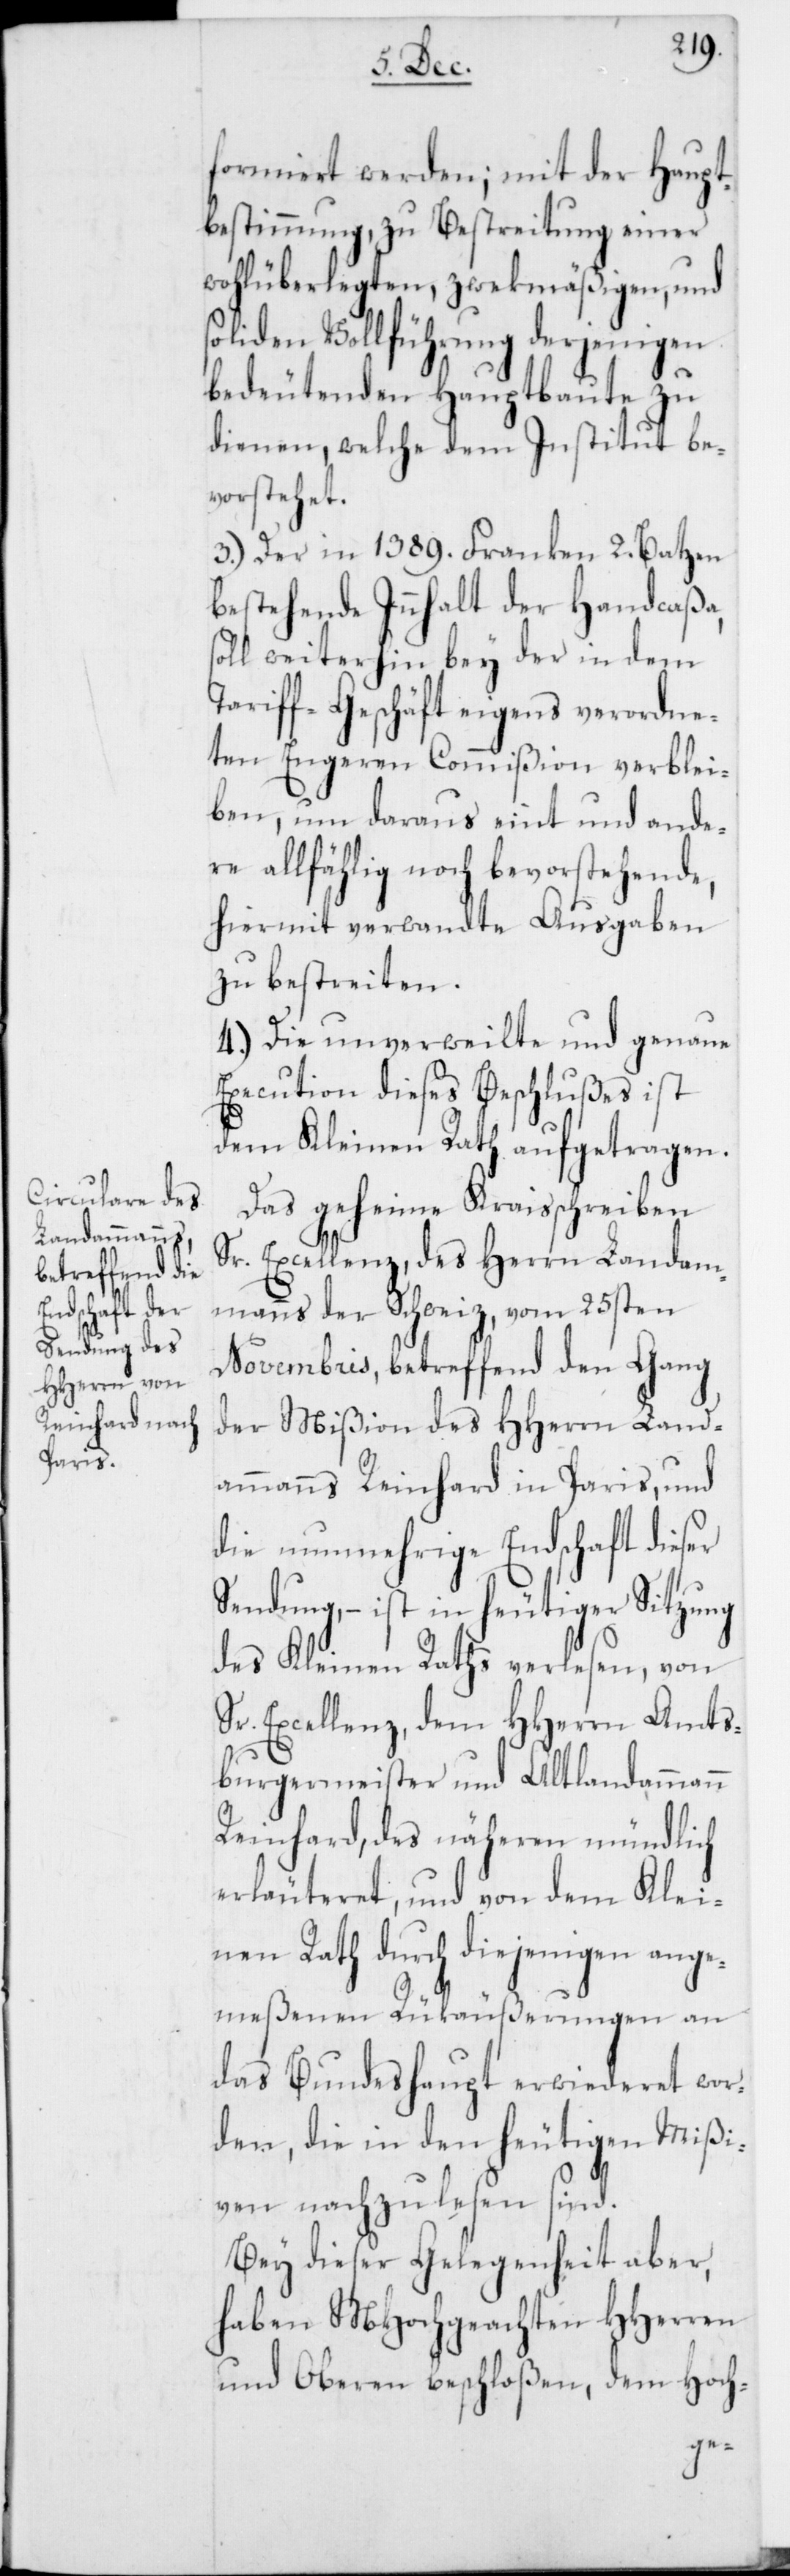
formiert werden; mit der Haupt¬
bestimmung, zu Bestreitung einer
wohlüberlegten zwekmäßigen, und
soliden Vollführung derjenigen
bedeutenden Hauptbaute zu
dienen, welche dem Institut be¬
vorstehet.
3.) Der in 1389. Franken 2. Batzen
bestehende Innhalt der Handcaßa,
soll weiterhin bey der in dem
Tariff-Geschäft eigens verordne¬
ten Engeren Commißion verblei¬
ben, um daraus eint und ande¬
re allfählig noch bevorstehende,
hiermit verwandte Ausgaben
zu bestreiten.
4.) Die unverweilte und genaue
Execution dieses Beschlußes ist
dem Kleinen Rath aufgetragen.
Das geheime Kraisschreiben
Sr. Excellenz, des Herrn Landam¬
manns der Schweiz, vom 25sten
Novembris, betreffend den Gang
der Mißion des HHerrn Land¬
ammanns Reinhard in Paris, und
die nunmehrige Endschaft dieser
Sendung, – ist in heutiger Sitzung
des Kleinen Raths verlesen, von
Sr. Excellenz, dem HHerrn Amts¬
burgermeister und Altlandammann
Reinhard, des näheren mündlich
erläuteret, und von dem Klei¬
nen Rath durch diejenigen ange¬
meßenen Rükäußerungen an
das Bundeshaupt erwiederet wor¬
den, die in den heutigen Mißi¬
ven nachzulesen sind.
Bey dieser Gelegenheit aber,
haben MHochgeachten HHerren
und Oberen beschloßen, dem Hoch-